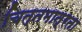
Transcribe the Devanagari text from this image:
चित्तमात्रता